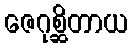
ဇေဂုစ္ဆိတာယ